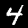
Digit: 4